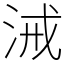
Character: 㳦